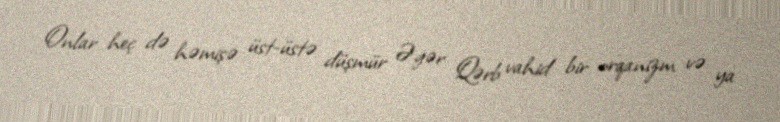
Onlar heç də həmişə üst-üstə düşmür Əgər Qərb vahid bir orqanizm və ya